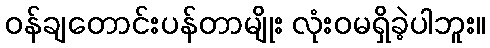
ဝန်ချတောင်းပန်တာမျိုး လုံးဝမရှိခဲ့ပါဘူး။